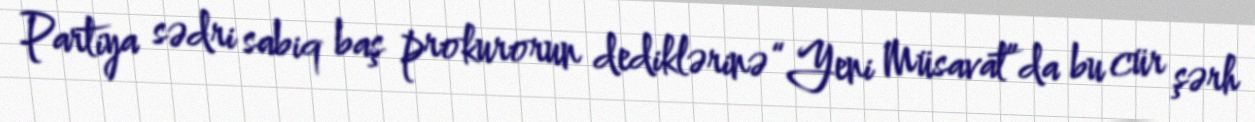
Partiya sədri sabiq baş prokurorun dediklərinə “Yeni Müsavat”da bu cür şərh